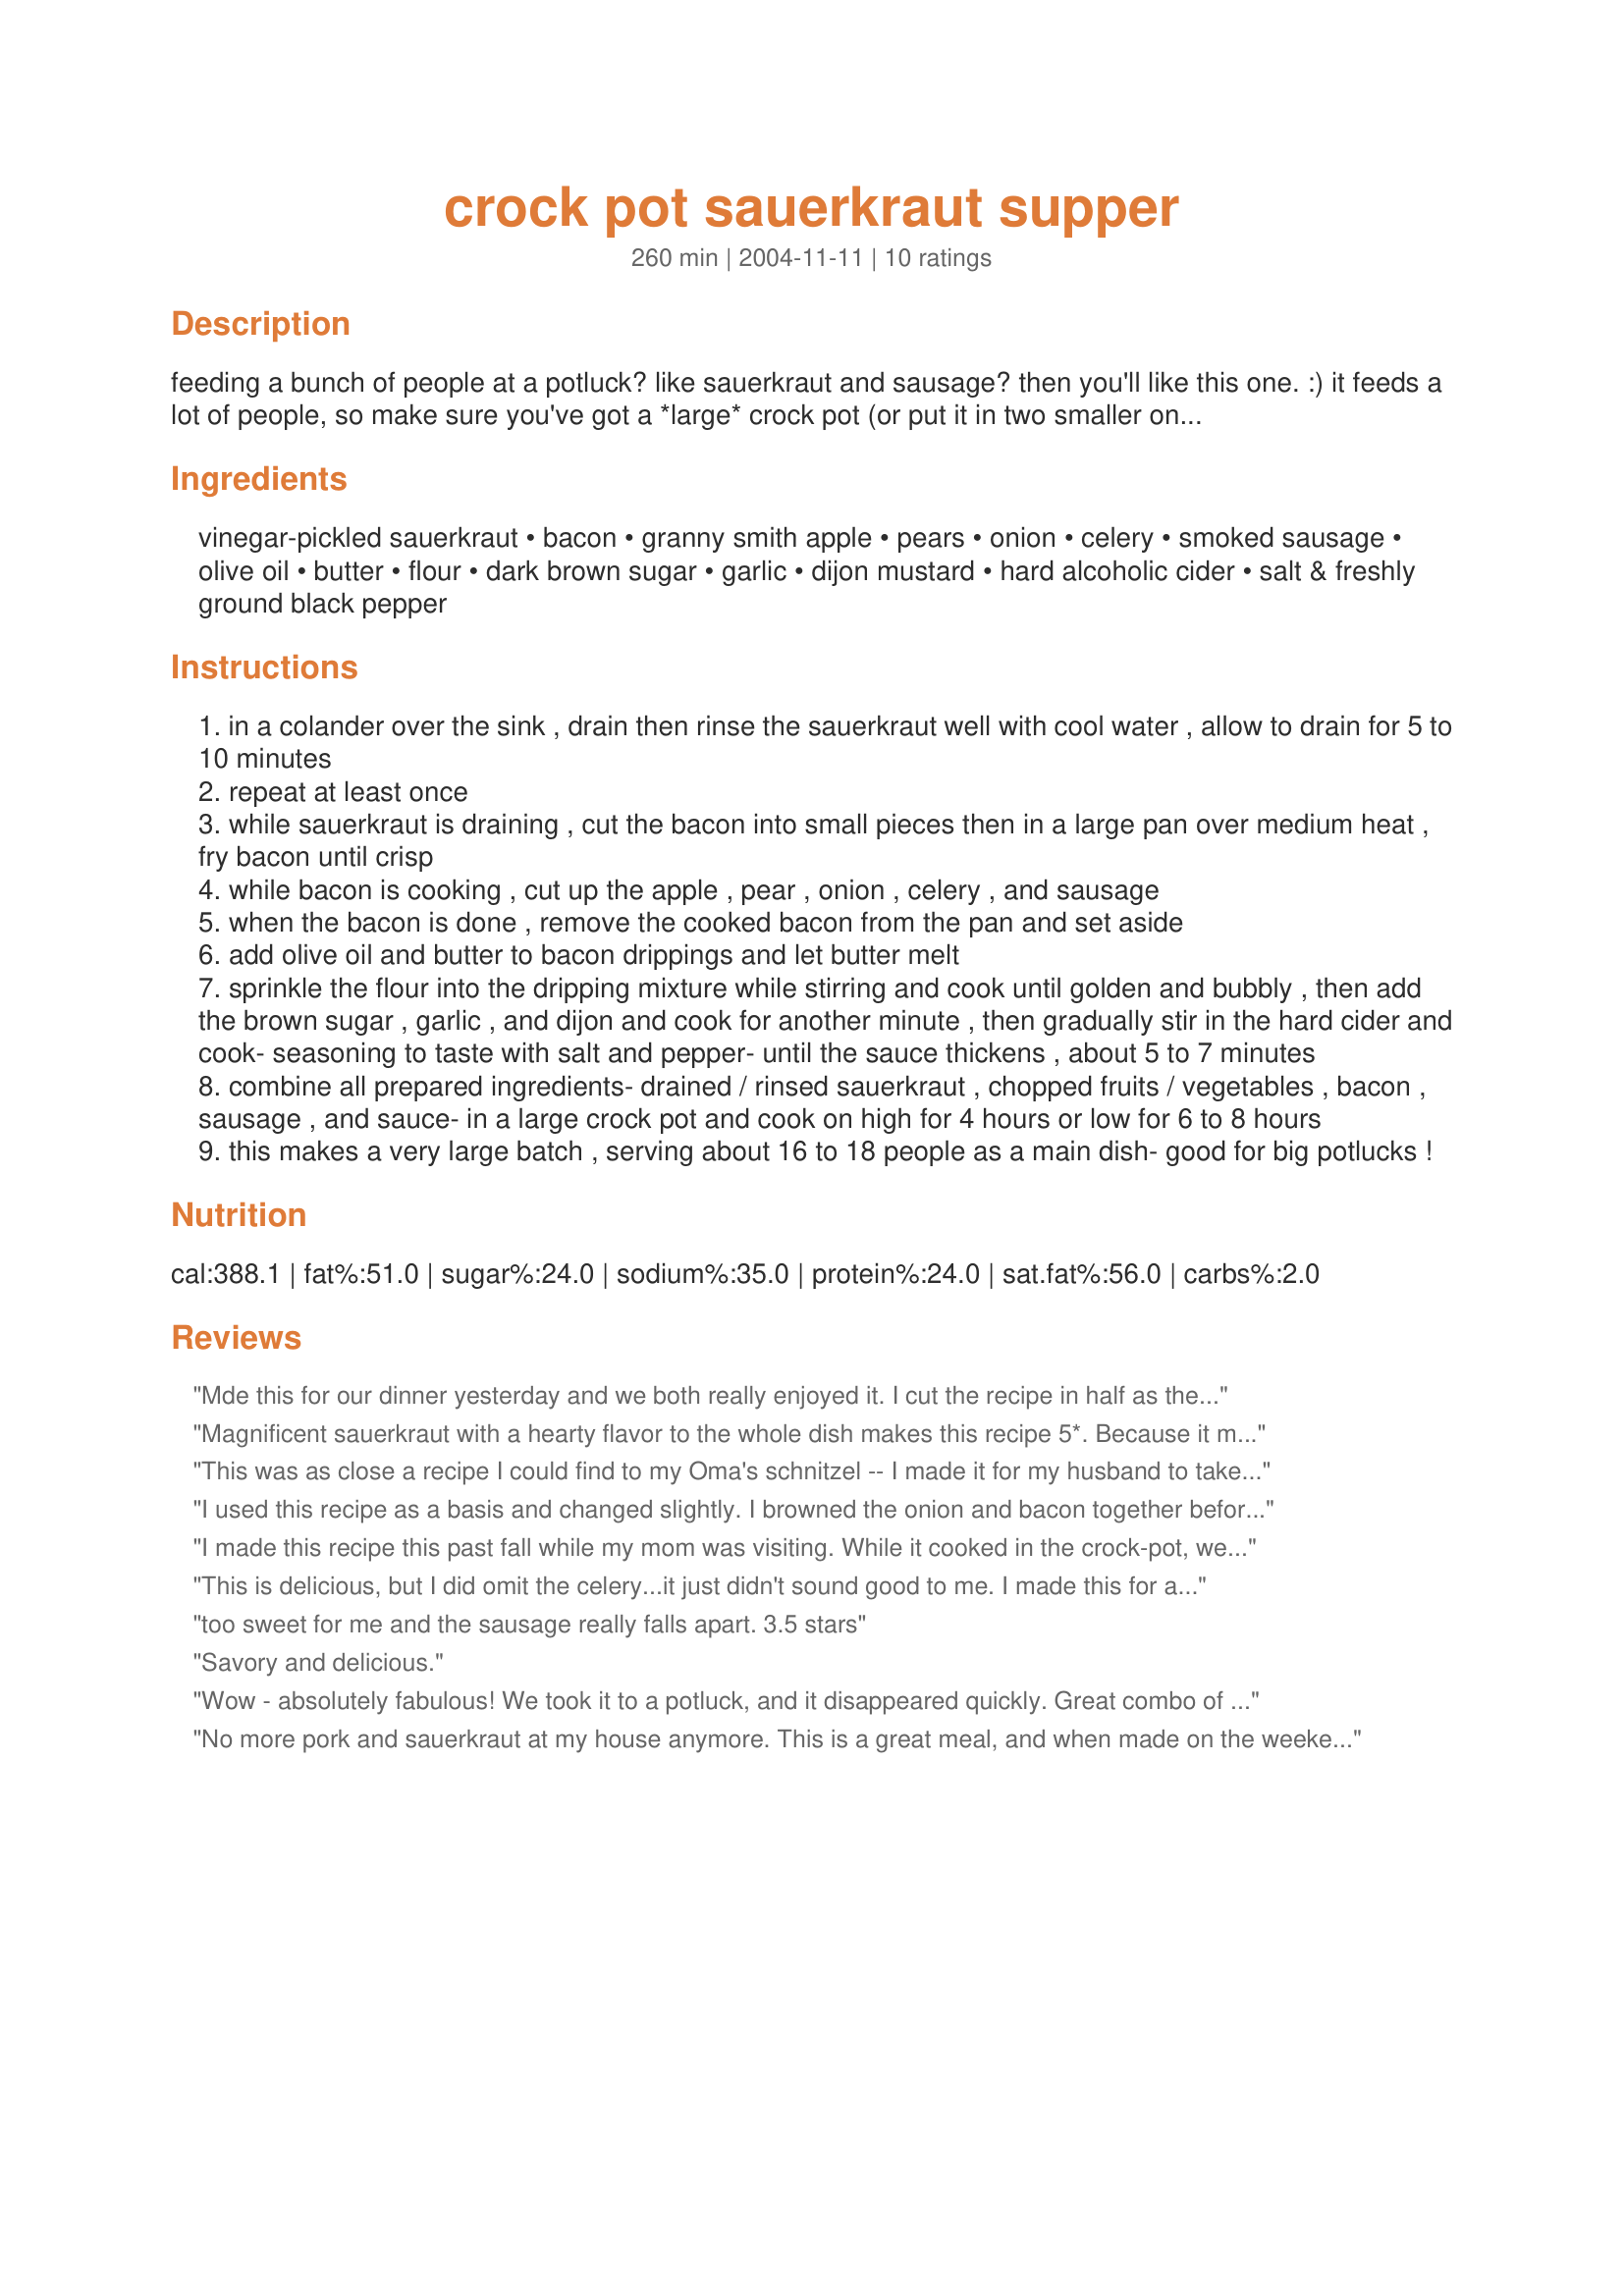
crock pot sauerkraut supper
Preparation time: 260 minutes

feeding a bunch of people at a potluck? like sauerkraut and sausage? then you'll like this one. :) it feeds a lot of people, so make sure you've got a *large* crock pot (or put it in two smaller ones)...

Ingredients:
vinegar-pickled sauerkraut, bacon, granny smith apple, pears, onion, celery, smoked sausage, olive oil, butter, flour, dark brown sugar, garlic, dijon mustard, hard alcoholic cider, salt & freshly ground black pepper

Steps:
in a colander over the sink , drain then rinse the sauerkraut well with cool water , allow to drain for 5 to 10 minutes
repeat at least once
while sauerkraut is draining , cut the bacon into small pieces then in a large pan over medium heat , fry bacon until crisp
while bacon is cooking , cut up the apple , pear , onion , celery , and sausage
when the bacon is done , remove the cooked bacon from the pan and set aside
add olive oil and butter to bacon drippings and let butter melt
sprinkle the flour into the dripping mixture while stirring and cook until golden and bubbly , then add the brown sugar , garlic , and dijon and cook for another minute , then gradually stir in the hard cider and cook- seasoning to taste with salt and pepper- until the sauce thickens , about 5 to 7 minutes
combine all prepared ingredients- drained / rinsed sauerkraut , chopped fruits / vegetables , bacon , sausage , and sauce- in a large crock pot and cook on high for 4 hours or low for 6 to 8 hours
this makes a very large batch , serving about 16 to 18 people as a main dish- good for big potlucks !

Reviews:
Mde this for our dinner yesterday and we both really enjoyed it. I cut the recipe in half as there are only two of us and I have frozen half of that as well. (something to look forward to on one of those cold winter's days) I did everything exactly as the recipe stated except I used apple juice instead of cider. This was delicious served with a side of mashed potatoes and steamed vegetables. Thanks for posting!
Magnificent sauerkraut with a hearty flavor to the whole dish makes this recipe 5*. Because it makes so much and my crockpot isn't that big, I cut the ingredients in half, except for the onions and celery, then followed the instructions to the letter until I got to the hard cider which I didn't have and unfortunately subbed with lowly apple juice. 
As my crockpot was doing it's job over the 6 hours, everyone in the neighborhood must have been able to smell the sauerkraut through the open kitchen window. What an aroma.
I think it was the combination of apples, brownsugar and mustard that we loved with the sausage and sauerkraut..a mixture I'll use again and again. I had one measly serving leftover that I didn't know what to do with and turned it into an unusual, but delicious soup, adding chopped cabbage, potatoes, carrots, noodles and broth to the leftovers. The wonderful flavors of this dish carried right over into the soup and we got two excellent meals from this great recipe. Another crockpot winner from Julesong...thanks!
This was as close a recipe I could find to my Oma's schnitzel -- I made it for my husband to take to a potluck at work and it was the first dish gone! He said, "They were all over it like a fat kid to a donut!"
I used this recipe as a basis and changed slightly. I browned the onion and bacon together before adding the rest of the ingredients, except celery, which I omitted. I cooked on top of the stove instead of the crockpot. I added hard pear cider, which gave it a great flavor. I let it simmer all afternoon, adding water as needed. In the last hour, I added smoked sausage and let it cook together. Wonderful!
I made this recipe this past fall while my mom was visiting. While it cooked in the crock-pot, we went on an excursion to the Amish area near Berlin and Charm, Ohio. All I can say is that it was a perfect way to end such an incredible and memorable autumn day with my mom. I did not and would not want to change a thing!
This is delicious, but I did omit the celery...it just didn't sound good to me. I made this for a party and there was nothing left! Be sure to use fresh sauerkraut if you can find it. Try a local deli. It makes all the difference! My guests that don't even like sauerkraut loved this recipe.
too sweet for me and the sausage really falls apart. 3.5 stars
Savory and delicious.
Wow - absolutely fabulous! We took it to a potluck, and it disappeared quickly. Great combo of flavors! The only change I made was using regular apple cider. I have made kielbasa with German wine, but I wanted to stay as close to the recipe as possible. I used the Granny Smith apple and a large ripe pear. I'm going to get hard cider for the next time. This recipe is a keeper. Thanks for posting, Julesong!
No more pork and sauerkraut at my house anymore. This is a great meal, and when made on the weekend leaves plenty of leftovers for the week ahead and care packages for family who join us for sunday dinner!!
